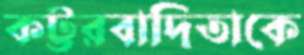
কট্টরবাদিতাকে